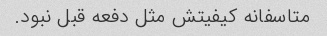
متاسفانه کیفیتش مثل دفعه قبل نبود.